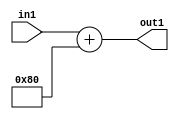
`timescale 1ps / 1ps
/*****************************************************************************
    Verilog RTL Description
    
    
    Created by: Stratus DpOpt 2019.1.01 
*******************************************************************************/

module SobelFilter_Add2i128u8_1 (
	in1,
	out1
	); /* architecture "behavioural" */ 
input [7:0] in1;
output [7:0] out1;
wire [7:0] asc001;

assign asc001 = 
	+(in1)
	+(8'B10000000);

assign out1 = asc001;
endmodule

/* CADENCE  urj5TQ8= : u9/ySgnWtBlWxVPRXgAZ4Og= ** DO NOT EDIT THIS LINE ******/